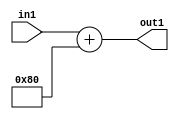
`timescale 1ps / 1ps
/*****************************************************************************
    Verilog RTL Description
    
    
    Created by: Stratus DpOpt 2019.1.01 
*******************************************************************************/

module SobelFilter_Add2i128u8_1 (
	in1,
	out1
	); /* architecture "behavioural" */ 
input [7:0] in1;
output [7:0] out1;
wire [7:0] asc001;

assign asc001 = 
	+(in1)
	+(8'B10000000);

assign out1 = asc001;
endmodule

/* CADENCE  urj5TQ8= : u9/ySgnWtBlWxVPRXgAZ4Og= ** DO NOT EDIT THIS LINE ******/